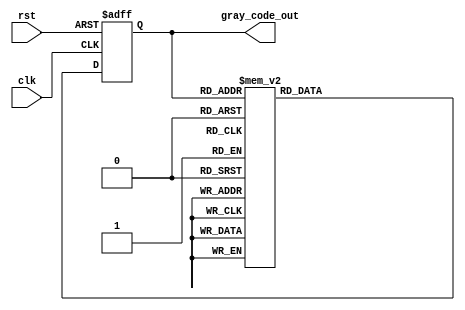
module gray_code_ring_counter(
    input wire clk,
    input wire rst,
    output reg [3:0] gray_code_out
);

reg [3:0] state;

always @(posedge clk or posedge rst)
begin
    if(rst)
        state <= 4'b0000;
    else
        case(state)
            4'b0000: state <= 4'b0001;
            4'b0001: state <= 4'b0011;
            4'b0011: state <= 4'b0010;
            4'b0010: state <= 4'b0110;
            4'b0110: state <= 4'b0111;
            4'b0111: state <= 4'b0101;
            4'b0101: state <= 4'b0100;
            4'b0100: state <= 4'b1100;
            4'b1100: state <= 4'b1101;
            4'b1101: state <= 4'b1111;
            4'b1111: state <= 4'b1110;
            4'b1110: state <= 4'b1010;
            4'b1010: state <= 4'b1011;
            4'b1011: state <= 4'b1001;
            4'b1001: state <= 4'b1000;
            4'b1000: state <= 4'b0000;
            default: state <= 4'b0000;
        endcase
end

assign gray_code_out = state;

endmodule